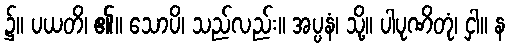
၌။ ပယတိ၊ ၏။ သောပိ၊ သည်လည်း။ အပ္ပနံ၊ သို့။ ပါပုဏိတုံ၊ ငှါ။ န